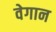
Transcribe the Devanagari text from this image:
वेगान